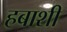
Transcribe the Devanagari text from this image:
हबाशी